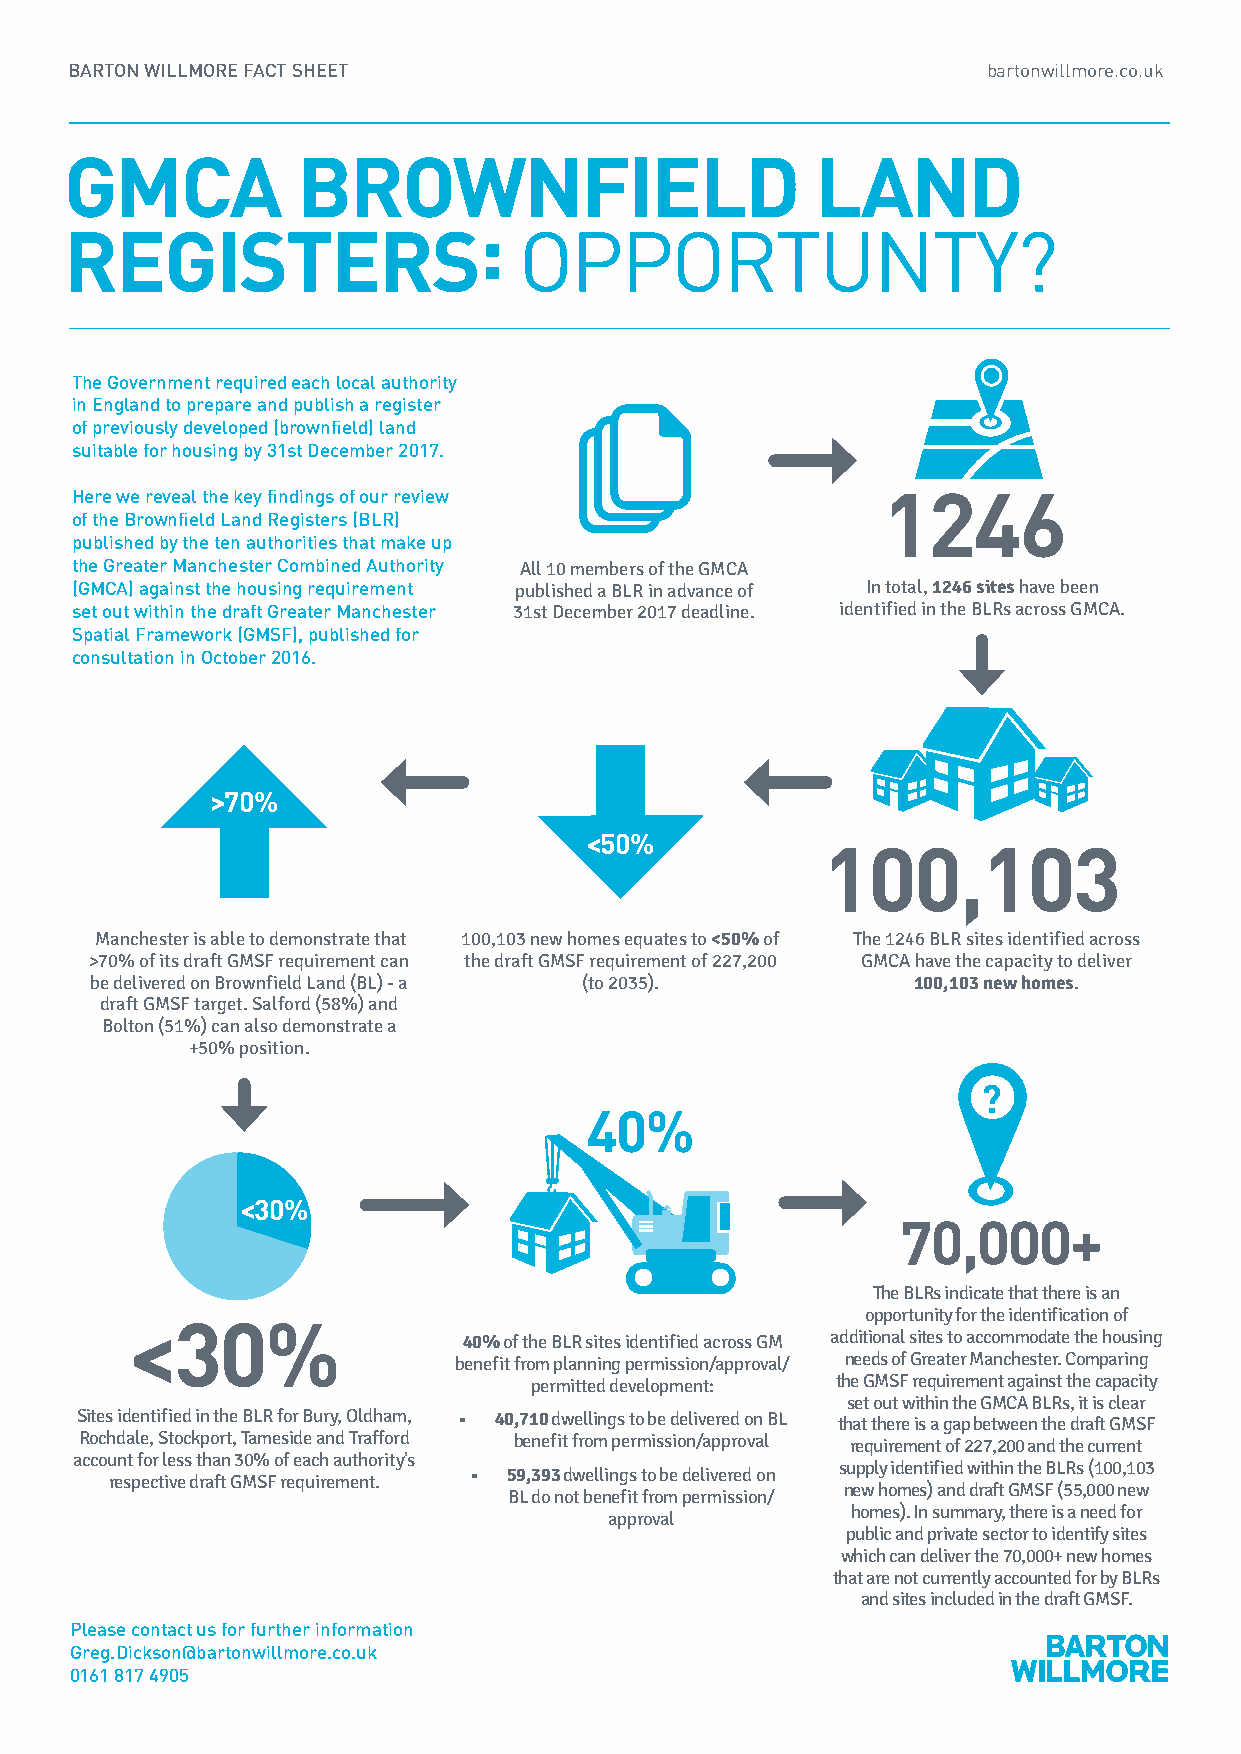
BARTON WILLMORE FACT SHEET                                  bartonwillmore.co.uk
 GMCA            BROWNFIELD                        LAND
 :
 REGISTERS                     OPPORTUNTY?
 The Government required each local authority
 in England to prepare and publish a register
 of previously developed (brownfield) land
 suitable for housing by 31st December 2017.
 Here we reveal the key findings of our review        1246
 of the Brownfield Land Registers (BLR)
 published by the ten authorities that make up
 the Greater Manchester Combined Authority All 10 members of the GMCA
 (GMCA) against the housing requirement published a BLR in advance of In total, 1246 sites have been
 set out within the draft Greater Manchester 31st December 2017 deadline. identified in the BLRs across GMCA.
 Spatial Framework (GMSF), published for
 consultation in October 2016.
 >70%
 <50%
 100,103
 Manchester is able to demonstrate that 100,103 new homes equates to <50% of The 1246 BLR sites identified across
 >70% of its draft GMSF requirement can the draft GMSF requirement of 227,200 GMCA have the capacity to deliver
 be delivered on Brownfield Land (BL) - a (to 2035).   100,103 new homes.
 draft GMSF target. Salford (58%) and
 Bolton (51%) can also demonstrate a
 +50% position.
 ?
 40%
 <30%
 70,000+
 The BLRs indicate that there is an
 opportunity for the identification of
 <30%
 40% of the BLR sites identified across GM additional sites to accommodate the housing
 benefit from planning permission/approval/ needs of Greater Manchester. Comparing
 permitted development: the GMSF requirement against the capacity
 set out within the GMCA BLRs, it is clear
 Sites identified in the BLR for Bury, Oldham, • 40,710 dwellings to be delivered on BL that there is a gap between the draft GMSF
 Rochdale, Stockport, Tameside and Trafford benefit from permission/approval requirement of 227,200 and the current
 account for less than 30% of each authority’s
 supply identified within the BLRs (100,103
 •  59,393 dwellings to be delivered on
 respective draft GMSF requirement.
 new homes) and draft GMSF (55,000 new
 BL do not benefit from permission/
 homes). In summary, there is a need for
 approval
 public and private sector to identify sites
 which can deliver the 70,000+ new homes
 that are not currently accounted for by BLRs
 and sites included in the draft GMSF.
 Please contact us for further information
 Greg.Dickson@bartonwillmore.co.uk
 0161 817 4905